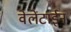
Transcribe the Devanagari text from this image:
वेलेंटाईन